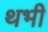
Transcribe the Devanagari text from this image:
थभी